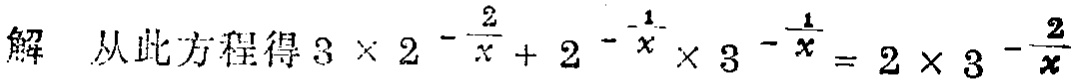
解 从此方程得\(3\times 2^{-\frac{2}{x}} + 2^{-\frac{1}{x}}\times 3^{-\frac{1}{x}} = 2\times 3^{-\frac{2}{x}}\)